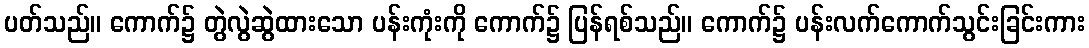
ပတ်သည်။ ကောက်၌ တွဲလွဲဆွဲထားသော ပန်းကုံးကို ကောက်၌ ပြန်ရစ်သည်။ ကောက်၌ ပန်းလက်ကောက်သွင်းခြင်းကား